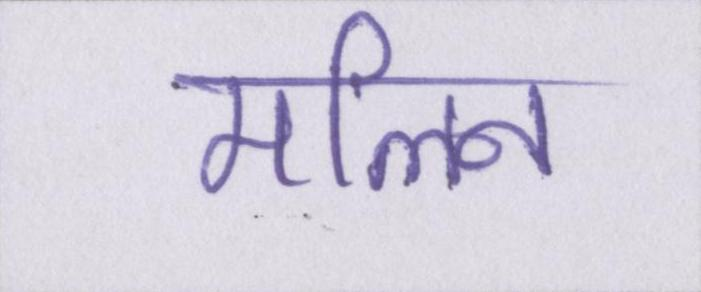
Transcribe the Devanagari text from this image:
मलिन